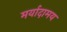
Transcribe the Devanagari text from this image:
मर्यादामय